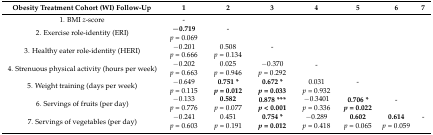
<table><thead><tr><td><b>Obesity Treatment Cohort (WI) Follow-Up</b></td><td><b>1</b></td><td><b>2</b></td><td><b>3</b></td><td><b>4</b></td><td><b>5</b></td><td><b>6</b></td><td><b>7</b></td></tr></thead><tbody><tr><td>1. BMI <i>z</i>-score</td><td>-</td><td></td><td></td><td></td><td></td><td></td><td></td></tr><tr><td rowspan="2">2. Exercise role-identity (ERI)</td><td rowspan="2"><b>−0.719</b><i>p</i> = 0.069</td><td>-</td><td></td><td></td><td></td><td></td><td></td></tr><tr><td rowspan="2">3. Healthy eater role-identity (HERI)</td><td rowspan="2">−0.201<i>p</i> = 0.666</td><td rowspan="2">0.508<i>p</i> = 0.134</td><td>-</td><td></td><td></td><td></td><td></td></tr><tr><td rowspan="2">4. Strenuous physical activity (hours per week)</td><td rowspan="2">−0.202<i>p</i> = 0.663</td><td rowspan="2">0.025<i>p</i> = 0.946</td><td rowspan="2">−0.370<i>p</i> = 0.292</td><td>-</td><td></td><td></td><td></td></tr><tr><td rowspan="2">5. Weight training(days per week)</td><td rowspan="2">−0.649<i>p</i> = 0.115</td><td rowspan="2"><b>0.751 *</b><b><i>p</i> = 0.012</b></td><td rowspan="2"><b>0.672 *</b><b><i>p</i> = 0.033</b></td><td rowspan="2">0.031<i>p =</i> 0.932</td><td>-</td><td></td><td></td></tr><tr><td rowspan="2">6. Servings of fruits(per day)</td><td rowspan="2">−0.133<i>p</i> = 0.776</td><td rowspan="2"><b>0.582</b><i>p</i> = 0.077</td><td rowspan="2"><b>0.878 ***</b><b><i>p</i> &lt; 0.001</b></td><td rowspan="2">−0.3401<i>p</i> = 0.336</td><td rowspan="2"><b>0.706 *</b><b><i>p</i> = 0.022</b></td><td>-</td><td></td></tr><tr><td rowspan="2">7. Servings of vegetables (per day)</td><td rowspan="2">−0.241<i>p</i> = 0.603</td><td rowspan="2">0.451<i>p</i> = 0.191</td><td rowspan="2"><b>0.754 *</b><b><i>p</i> = 0.012</b></td><td rowspan="2">−0.289<i>p</i> = 0.418</td><td rowspan="2"><b>0.602</b><i>p</i> = 0.065</td><td rowspan="2"><b>0.614</b><i>p</i> = 0.059</td><td>-</td></tr></tbody></table>